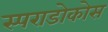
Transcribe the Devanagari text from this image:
स्पराडोकोस